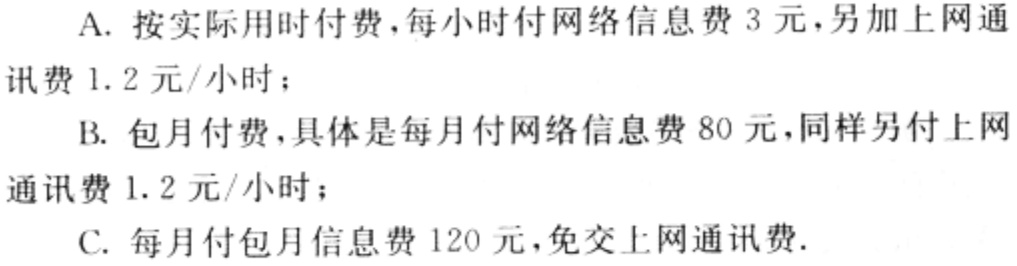
A. 按实际用时付费，每小时付网络信息费 3 元，另加上网通讯费 1.2 元/小时；

B. 包月付费，具体是每月付网络信息费 80 元，同样另付上网通讯费 1.2 元/小时；

C. 每月付包月信息费 120 元，免交上网通讯费.